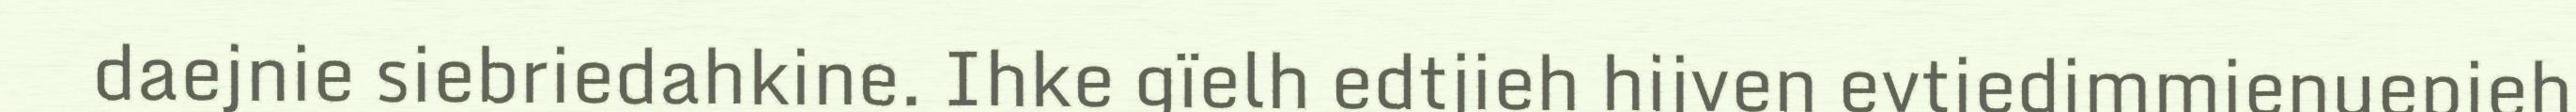
daejnie siebriedahkine. Ihke gïelh edtjieh hijven evtiedimmienuepieh